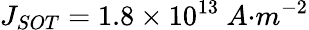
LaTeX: J_{{SOT}}=1.8\times{10}^{13}\ {A}{{·}}{{m}}^{{-2}}